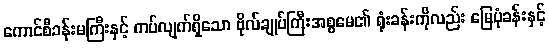
ကောင်စီခန်းမကြီးနှင့် ကပ်လျက်ရှိသော ဗိုလ်ချုပ်ကြီးအစ္စမေ၏ ရုံးခန်းကိုလည်း မြေပုံခန်းနှင့်